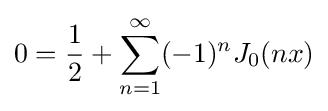
0={\frac {1}{2}}+\sum _{n=1}^{\infty }(-1)^{n}J_{0}(nx)